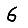
Digit: 6